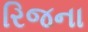
રિજના